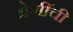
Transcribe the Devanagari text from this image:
श्रेणींची